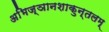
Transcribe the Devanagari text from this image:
अभिज्ञानशाकुन्तलम्‌